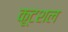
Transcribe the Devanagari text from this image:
कूटशल